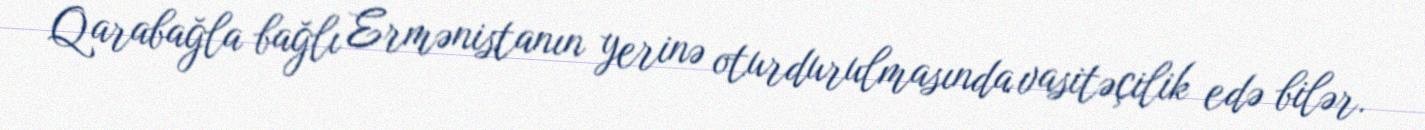
Qarabağla bağlı Ermənistanın yerinə oturdurulmasında vasitəçilik edə bilər.